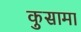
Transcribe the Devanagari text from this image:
कुसामा